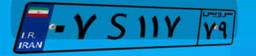
۱۵S۵۸۵۱۰